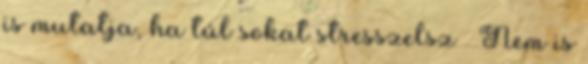
is mutatja, ha túl sokat stresszelsz – Nem is